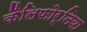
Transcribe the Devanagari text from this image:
कैलिफोर्निया